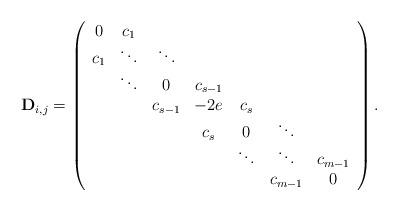
LaTeX: \begin{align*}\mathbf{D}_{i,j}=\left(\begin{array}{ccccccc}0 & c_{1} & & & & & \\c_{1} & \ddots & \ddots & & & &\\& \ddots & 0 & c_{s-1} & & &\\& & c_{s-1} & -2e & c_{s} & &\\& & & c_{s} & 0 & \ddots &\\& & & & \ddots & \ddots & c_{m-1} \\& & & & & c_{m-1} & 0\end{array}\right).\end{align*}